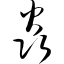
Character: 焱